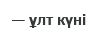
— ұлт күні